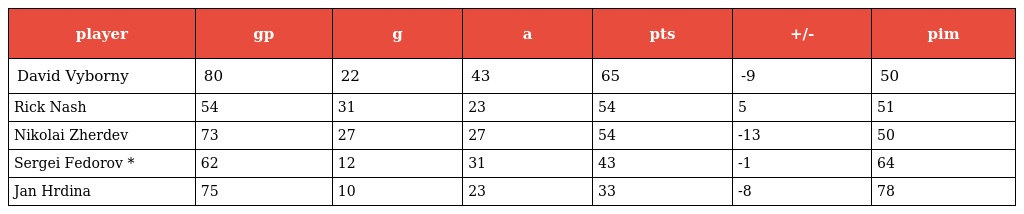
| player | gp | g | a | pts | +/- | pim |
 | --- | --- | --- | --- | --- | --- | --- |
 | David Vyborny | 80 | 22 | 43 | 65 | -9 | 50 |
 | Rick Nash | 54 | 31 | 23 | 54 | 5 | 51 |
 | Nikolai Zherdev | 73 | 27 | 27 | 54 | -13 | 50 |
 | Sergei Fedorov * | 62 | 12 | 31 | 43 | -1 | 64 |
 | Jan Hrdina | 75 | 10 | 23 | 33 | -8 | 78 |